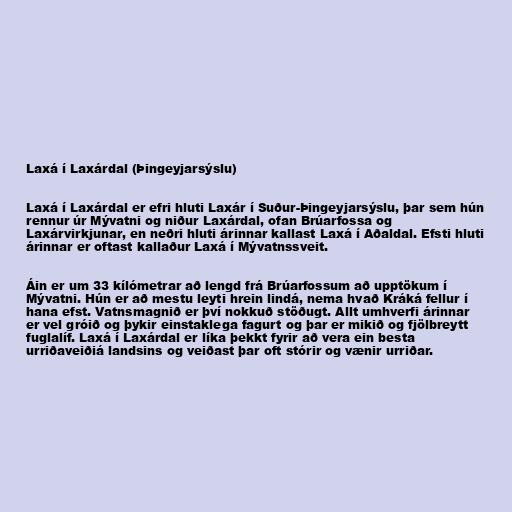
Laxá í Laxárdal (Þingeyjarsýslu)

Laxá í Laxárdal er efri hluti Laxár í Suður-Þingeyjarsýslu, þar sem hún
rennur úr Mývatni og niður Laxárdal, ofan Brúarfossa og
Laxárvirkjunar, en neðri hluti árinnar kallast Laxá í Aðaldal. Efsti hluti
árinnar er oftast kallaður Laxá í Mývatnssveit.

Áin er um 33 kílómetrar að lengd frá Brúarfossum að upptökum í
Mývatni. Hún er að mestu leyti hrein lindá, nema hvað Kráká fellur í
hana efst. Vatnsmagnið er því nokkuð stöðugt. Allt umhverfi árinnar
er vel gróið og þykir einstaklega fagurt og þar er mikið og fjölbreytt
fuglalíf. Laxá í Laxárdal er líka þekkt fyrir að vera ein besta
urriðaveiðiá landsins og veiðast þar oft stórir og vænir urriðar.